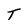
Character: T